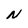
Character: N